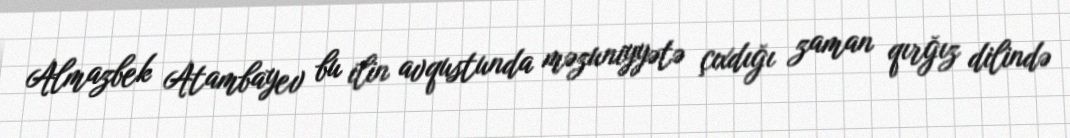
Almazbek Atambayev bu ilin avqustunda məzuniyyətə çıxdığı zaman qırğız dilində